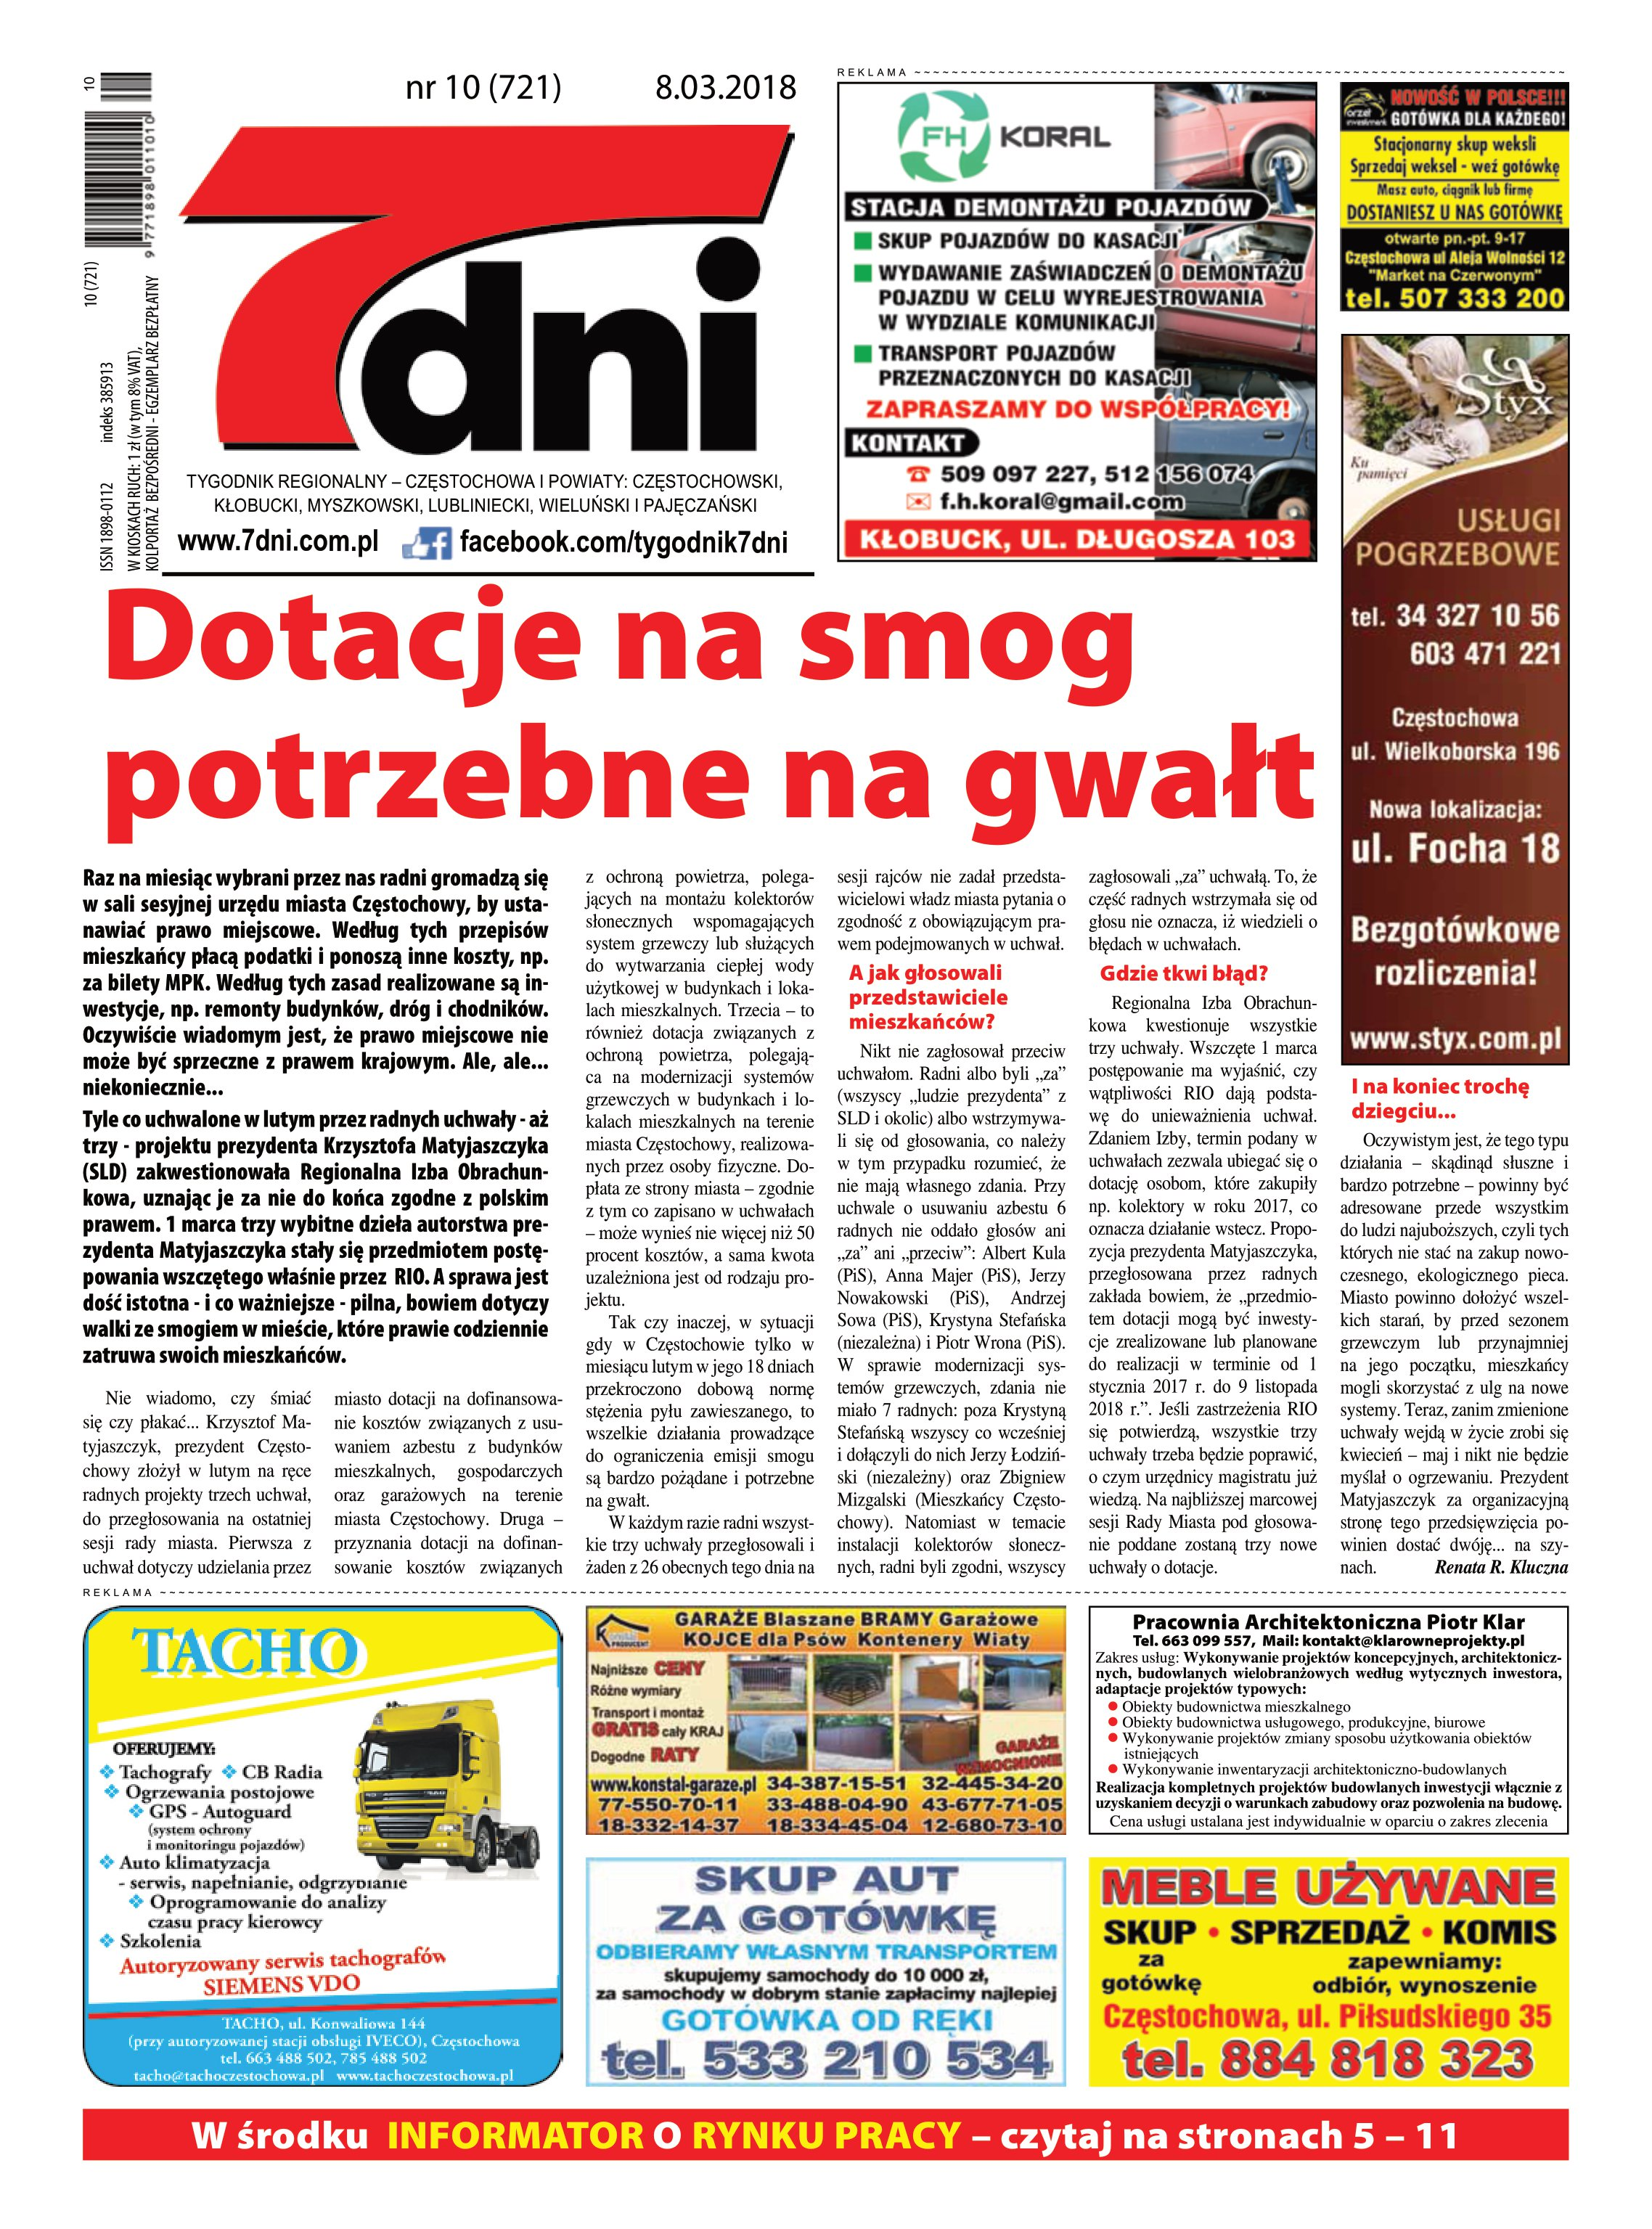
Language: pl